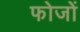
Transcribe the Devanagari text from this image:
फोजों